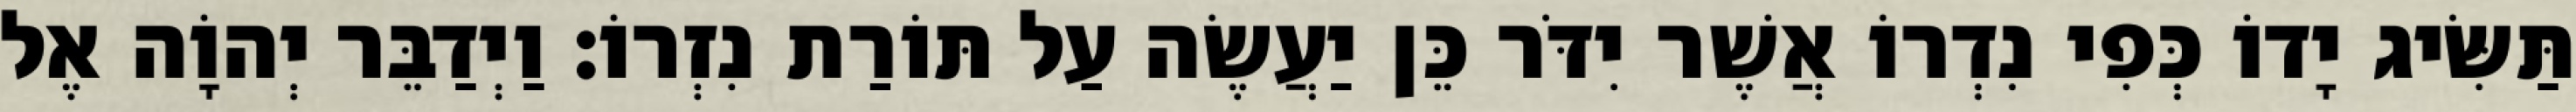
תַּשִּׂיג יָדוֹ כְּפִי נִדְרוֹ אֲשֶׁר יִדֹּר כֵּן יַעֲשֶׂה עַל תּוֹרַת נִזְרוֹ׃ וַיְדַבֵּר יְהוָֹה אֶל